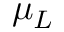
\mu _ { L }